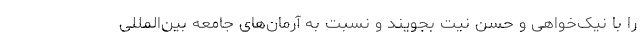
را با نیک‌خواهی و حسن نیت بجویند و نسبت به آرمان‌های جامعه بین‌المللی